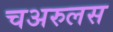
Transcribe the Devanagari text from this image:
चअरुलस